Vital statistics of India. Vol. V, Reports of 1876 on armies & jails and on epidemic cholera
Year: 1876
Disease focus: Cholera
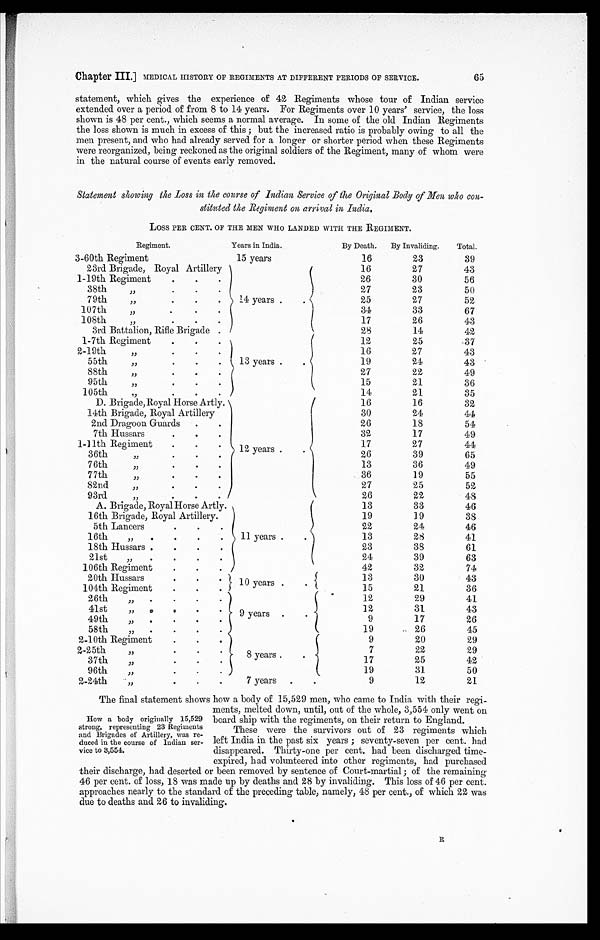
Chapter III.] MEDICAL HISTORY OF REGIMENTS AT DIFFERENT PERIODS OF SERVICE. 65
statement, which gives the experience of 42 Regiments whose tour of Indian service
extended over a period of from 8 to 14 years. For Regiments over 10 years' service, the loss
shown is 48 per cent., which seems a normal average. In some of the old Indian Regiments
the loss shown is much in excess of this; the increased ratio is probably owing to all the
men present, and who had already served for a longer or shorter period when these Regiments
were reorganized, being reckoned as the original soldiers of the Regiment, many of whom were
in the natural course of events early removed.
Statement showing the Loss in the course of Indian Service of the Original Body of Men who con
-stituted the Regiment on arrival in India.
LOSS PER CENT. OF THE MEN WHO LANDED WITH THE REGIMENT.
Regiment.
Years in India.
By Death. By Invaliding. Total.
3-60th Regiment
15 years
16
23
39
23rd Brigade, Royal Artillery
14 years
16
27
43
1-19th Regiment
26
30
56
38th „
27
23
50
79th „
25
27
52
107th „
34
33
67
108th „
17
26
43
3rd Battalion, Rifle Brigade
28
14
42
1-7th Regiment
13 years
12
25
37
2-19th „
16
27
43
55th „
19
2 4
43
88th „
27
22
49
95th „
15
21
36
105th „
14
21
35
D. Brigade, Royal Horse Artly
12 years
16
16
32
14th Brigade, Royal Artillery
30
24
44
2nd Dragoon Guards
26
18
5 4
7th Hussars
3 2
17
49
1-11th Regiment
17
27
44
36th „
26
39
65
76th
1 3
36
49
77th „
36
19
55
82nd „
27
25
52
93rd
26
22
4 8
A. Brigade, Royal Horse Artly.
11 years
13
33
46
16th Brigade, Royal Artillery.
19
19
3 8
5th Lancers
22
24
46
16th „
13
28
41
18th Hussars
23
38
61
21st „
24
39
63
106th Regiment
42
32
74
20th Hussars
10 year s
13
30
43
104th Regiment
9 years
15
21
36
26th „
12
29
41
41st „
12
31
43
49th „
9
17
26
58th „
19
26
45
2-10th Regiment
8 years
9
20
29
2-25th „
7
22
29
37th „
17
25
42
96th „
19
31
50
2-24th „
7 years
9
12
21
The final statement shows how a body of 15,529 men, who came to India with their regi
-ments, melted down, until, out of the whole, 3,554 only went on
board ship with the regiments, on their return to England.
These were the survivors out of 23 regiments which
left India in the past six years; seventy-seven per cent. had
disappeared. Thirty-one per cent. had been discharged time-
expired, had volunteered into other regiments, had purchased
their discharge, had deserted or been removed by sentence of Court-martial; of the remaining
46 per cent. of loss, 18 was made up by deaths and 28 by invaliding. This loss of 46 per cent.
approaches nearly to the standard of the preceding table, namely, 48 per cent., of which 22 was
due to deaths and 26 to invaliding.
How a body originally 15,529
strong, representing 23 Regiments
and Brigades of Artillery, was re
-duced in the course of Indian ser
- v i c e
t o 3 , 5 5 4 .